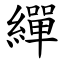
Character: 繟